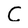
Character: C